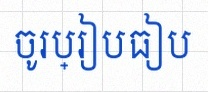
ចូរប្រៀបធៀប